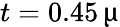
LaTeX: t=0.45\, \upmu